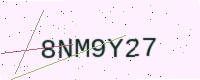
Text: 8NM9Y27